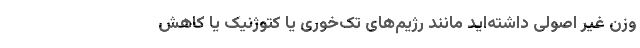
وزن غیر اصولی داشته‌اید مانند رژیم‌های تک‌خوری یا کتوژنیک یا کاهش